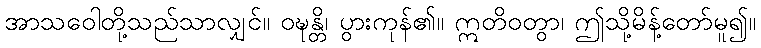
အာသဝေါတို့သည်သာလျှင်။ ဝဍ္ဎန္တိ၊ ပွားကုန်၏။ ဣတိဝတွာ၊ ဤသို့မိန့်တော်မူ၍။